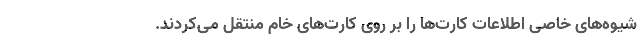
شیوه‌های خاصی اطلاعات کارت‌ها را بر روی کارت‌های خام منتقل می‌کردند.